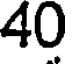
40